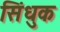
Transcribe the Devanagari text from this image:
सिंधुक